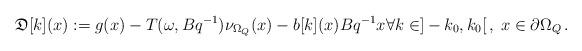
LaTeX: \begin{align*}\mathfrak{D}[k](x):= g(x)-T(\omega,Bq^{-1})\nu_{\Omega_Q}(x)-b[k](x)Bq^{-1}x \forall k\in]-k_0,k_0[\,,\; x \in \partial \Omega_Q\, .\end{align*}